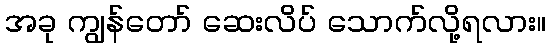
အခု ကျွန်တော် ဆေးလိပ် သောက်လို့ရလား။